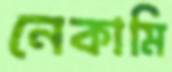
নেকামি